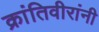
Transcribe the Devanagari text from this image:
क्रांतिवीरांनी